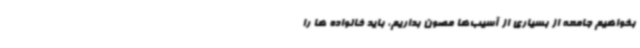
بخواهیم جامعه از بسیاری از آسیب‌ها مصون بداریم، باید خانواده ها را